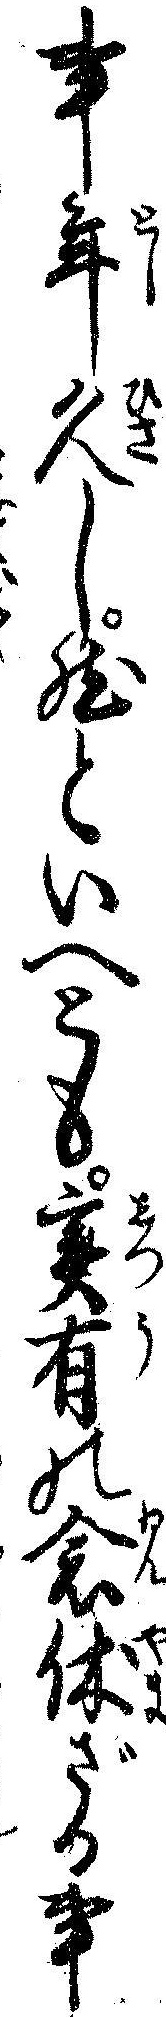
事年久し然といへとも実有の念休ざる事